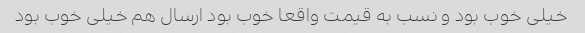
خیلی خوب بود و نسب به قیمت واقعا خوب بود ارسال هم خیلی خوب بود